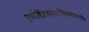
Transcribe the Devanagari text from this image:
एकोद्दिष्टंततोमार्गेविश्रामोयत्रकारितः